King Institute of Preventive Medicine Bacteriolog. Section reports 1907-08
Year: 1907
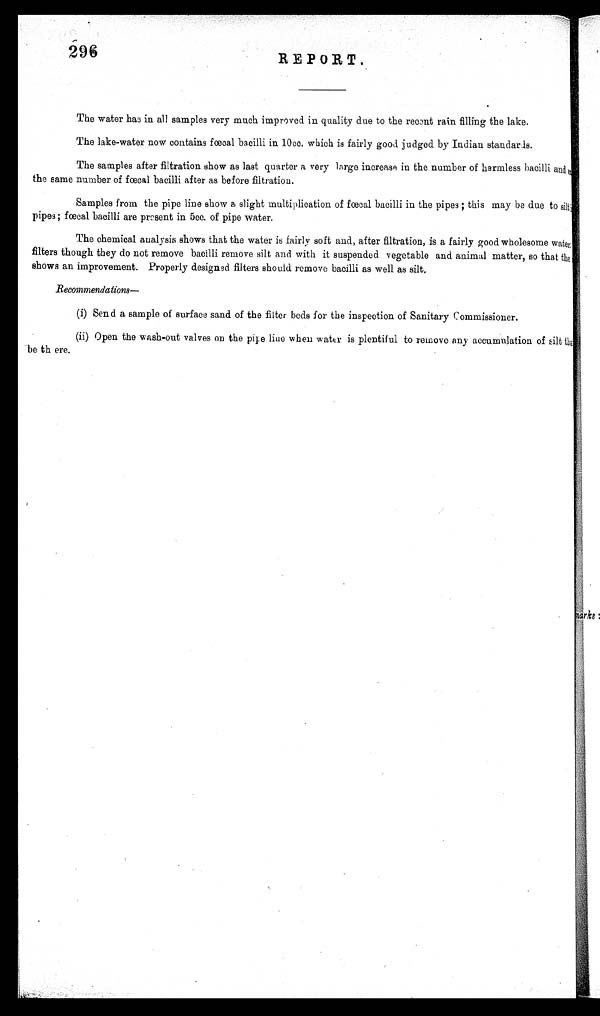
296
REPORT.
The water has in all samples very much improved in quality due to the recent rain filling the lake.
The lake-water now contains fœoal bacilli in 10cc. which is fairly good judged by Indian standards.
The samples after filtration show as last quarter a very large increase in the number of harmless bacilli and<illigible/>
the same number of fœc al bacilli after as before filtration.
Samples from the pipe line show a slight multiplication of fœ cal bacilli in the pipes; this may be due to si l t <i l l i gi bl e/>
pipes; fœc al bacilli are present in 5cc. of pipe water.
The chemical analysis shows that the water is fairly soft and, after filtration, is a fairly good wholesome water;
filters though they do not remove bacilli remove silt and with it suspended vegetable and animalm a t t e r , s o t h a t t h e
shows an improvement. Properly designed filters should remove bacilli as well as silt.
R e c o m
mendations—
(i) Send a sample of surface sand of the filter beds for the inspection of Sanitary Commissioner.
(ii) Open the wash-out valves on the pipe line when water is plentiful to remove any accumnlation of silt t
h a t < i l l e g i b l e / >
be th ere.